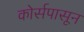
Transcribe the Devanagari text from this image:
कोर्सपासून